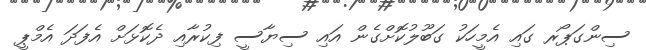
ސިންގަޕޯރ ގައި އެމީހަކު ގަބޫލުކޮށްގެން އައި ސިޔާސީ ފިކުރާއި ދެކޮޅަށް އެފަދަ އެމްޕީ